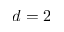
d = 2